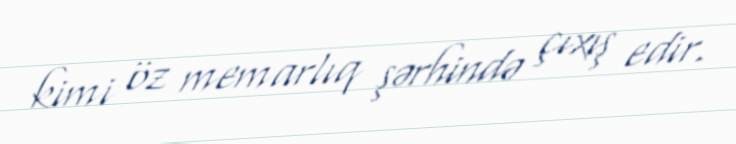
kimi öz memarlıq şərhində çıxış edir.